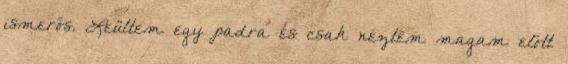
ismerős. Leültem egy padra és csak néztem magam előtt